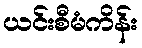
ယင်းစီမံကိန်း